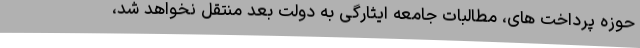
حوزه پرداخت های، مطالبات جامعه ایثارگی به دولت بعد منتقل نخواهد شد،